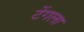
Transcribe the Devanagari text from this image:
टेंगला